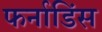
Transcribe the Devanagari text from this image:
फर्नाडिंस